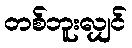
တစ်ဘူးလျှင်